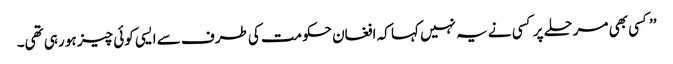
’’کسی بھی مرحلے پر کسی نے یہ نہیں کہا کہ افغان حکومت کی طرف سے ایسی کوئی چیز ہو رہی تھی۔